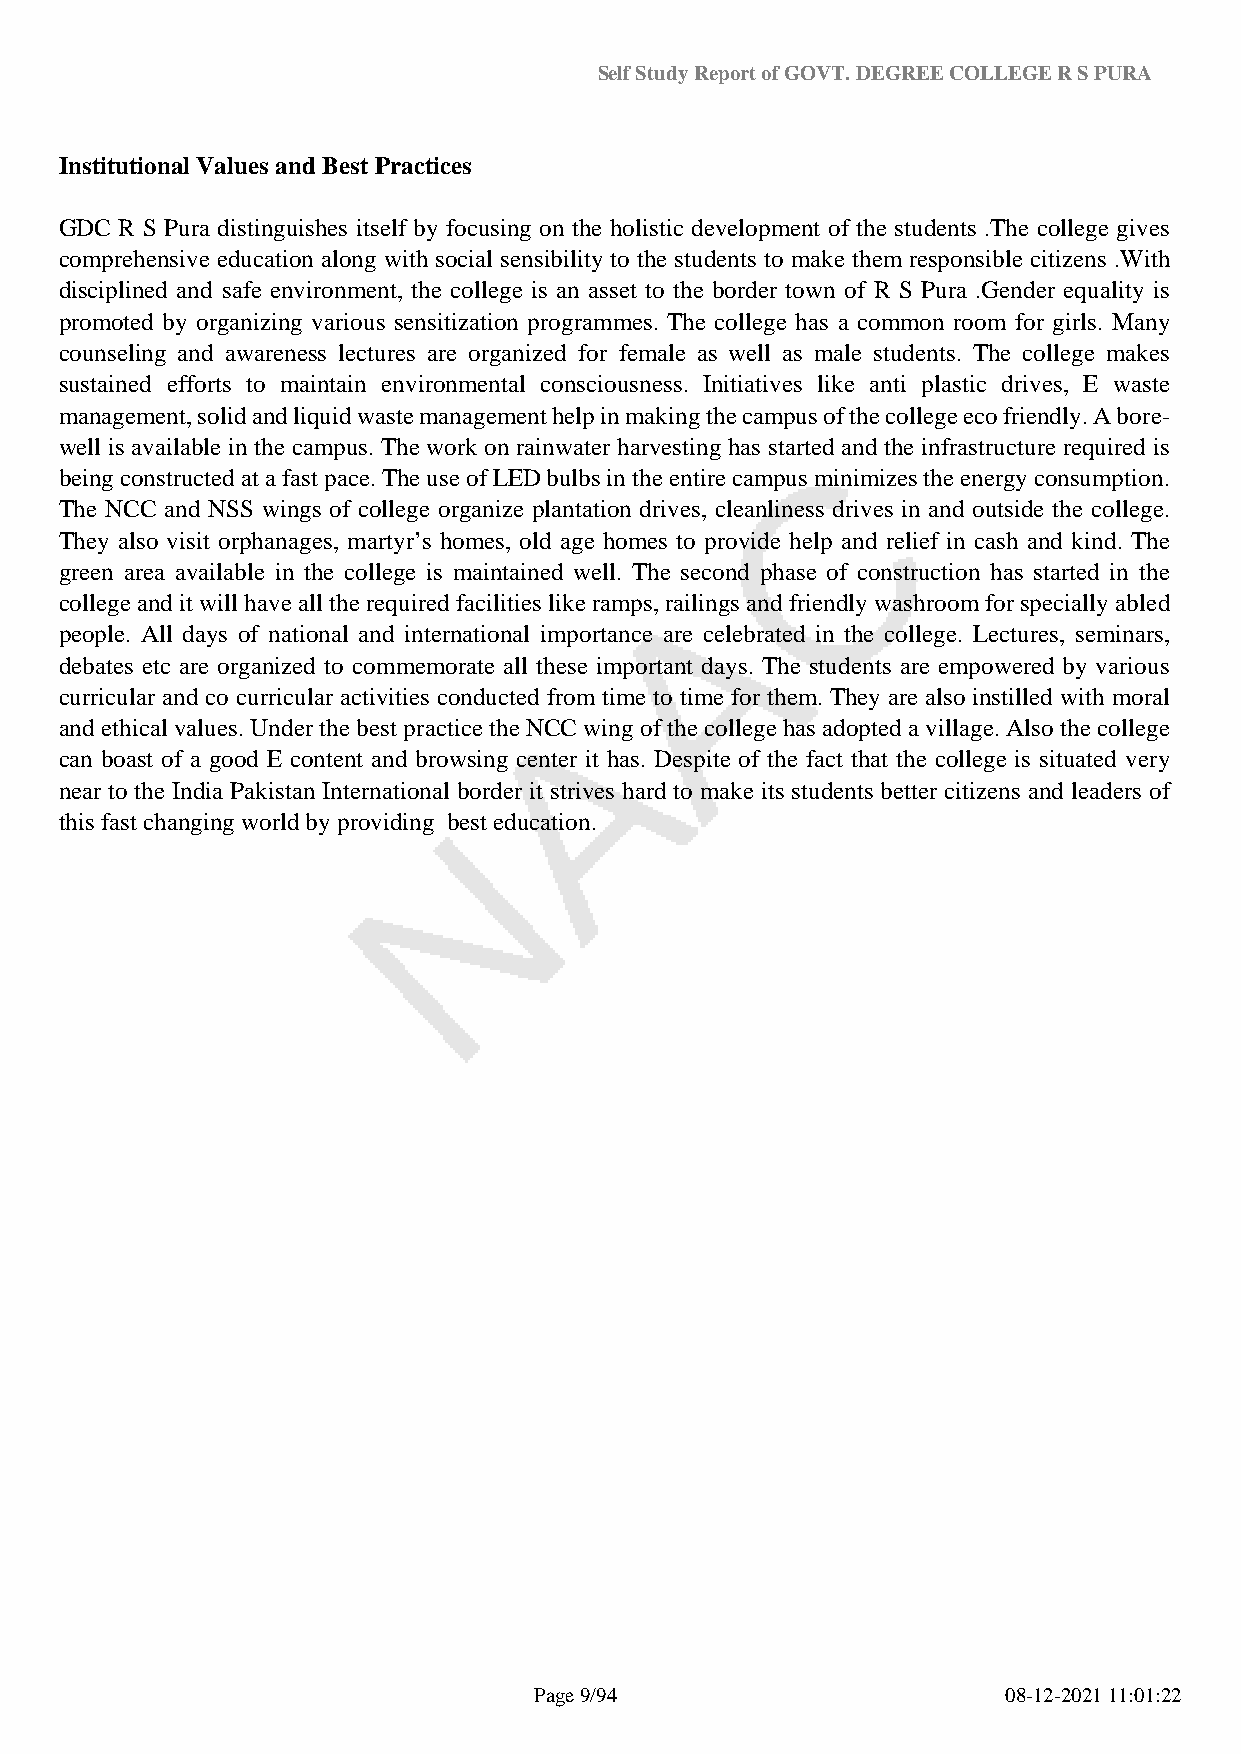
Self Study Report of GOVT. DEGREE COLLEGE R S PURA
 Institutional Values and Best Practices
 GDC R S Pura distinguishes itself by focusing on the holistic development of the students .The college gives
 comprehensive education along with social sensibility to the students to make them responsible citizens .With
 disciplined and safe environment, the college is an asset to the border town of R S Pura .Gender equality is
 promoted by organizing various sensitization programmes. The college has a common room for girls. Many
 counseling and awareness lectures are organized for female as well as male students. The college makes
 sustained efforts to maintain environmental consciousness. Initiatives like anti plastic drives, E waste
 management, solid and liquid waste management help in making the campus of the college eco friendly. A bore-
 well is available in the campus. The work on rainwater harvesting has started and the infrastructure required is
 being constructed at a fast pace. The use of LED bulbs in the entire campus minimizes the energy consumption.
 The NCC and NSS wings of college organize plantation drives, cleanliness drives in and outside the college.
 They also visit orphanages, martyr’s homes, old age homes to provide help and relief in cash and kind. The
 green area available in the college is maintained well. The second phase of construction has started in the
 college and it will have all the required facilities like ramps, railings and friendly washroom for specially abled
 people. All days of national and international importance are celebrated in the college. Lectures, seminars,
 debates etc are organized to commemorate all these important days. The students are empowered by various
 curricular and co curricular activities conducted from time to time for them. They are also instilled with moral
 and ethical values. Under the best practice the NCC wing of the college has adopted a village. Also the college
 can boast of a good E content and browsing center it has. Despite of the fact that the college is situated very
 near to the India Pakistan International border it strives hard to make its students better citizens and leaders of
 this fast changing world by providing best education.
 Page 9/94                       08-12-2021 11:01:22